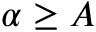
\alpha \ge A